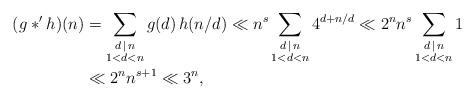
LaTeX: \begin{align*}(g *^\prime h)(n) &= \sum_{\substack{d \,\mid\, n \\ 1 < d < n}} g(d) \, h(n/d) \ll n^s \sum_{\substack{d \,\mid\, n \\ 1 < d < n}} 4^{d+n/d} \ll 2^n n^s \sum_{\substack{d \,\mid\, n \\ 1 < d < n}} 1 \\&\ll 2^n n^{s+1} \ll 3^n ,\end{align*}